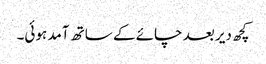
کچھ دیر بعد چائے کے ساتھ آمد ہوئی۔